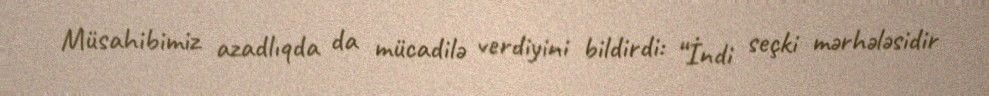
Müsahibimiz azadlıqda da mücadilə verdiyini bildirdi: “İndi seçki mərhələsidir